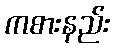
ကစားနည်း